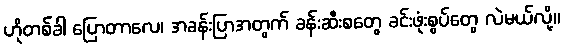
ဟိုတစ်ခါ ပြောတာလေ၊ အခန်းပြာအတွက် ခန်းဆီးစတွေ ခင်းဖုံးစွပ်တွေ လဲမယ်လို့။